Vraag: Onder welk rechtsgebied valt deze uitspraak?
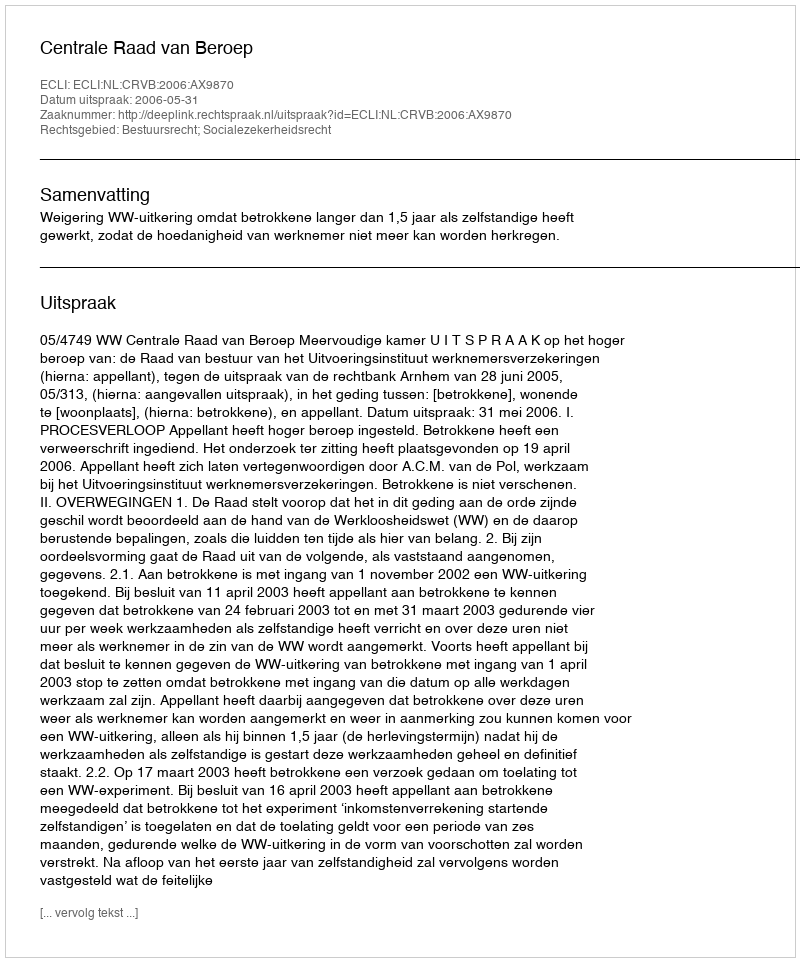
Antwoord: Bestuursrecht; Socialezekerheidsrecht